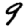
Digit: 9